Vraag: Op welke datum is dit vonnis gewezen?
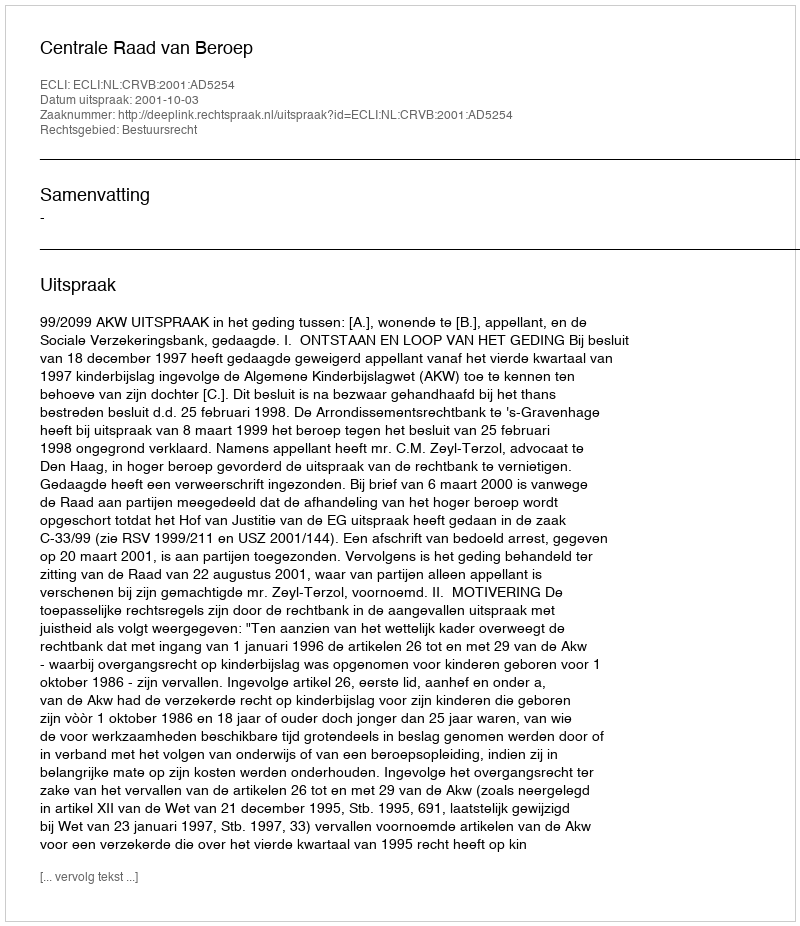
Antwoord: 2001-10-03